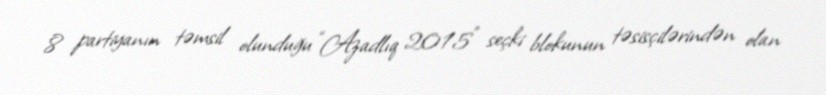
8 partiyanın təmsil olunduğu “Azadlıq 2015" seçki blokunun təsisçilərindən olan